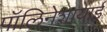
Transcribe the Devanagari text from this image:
पॉलिनेशायाई